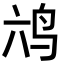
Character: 𮭣